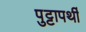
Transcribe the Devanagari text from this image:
पुट्टापर्थी